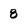
Character: 8